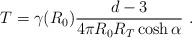
\begin{align*}T = \gamma(R_0) \frac{d-3}{4\pi R_0 R_T \cosh \alpha} \ .\end{align*}